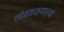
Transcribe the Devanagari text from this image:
लोंबकळणार्‍या